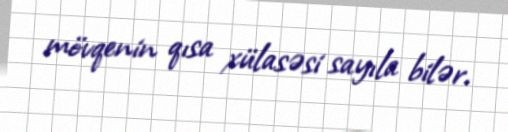
mövqenin qısa xülasəsi sayıla bilər.